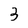
Character: 3